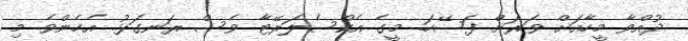
ދުއްވާ މީހާއަށް ވަރަށް ފަސޭހަ. މީގެ އެކްސެލަރޭޓާ ވެސް ރަނގަޅު. އެހެންވެ މި